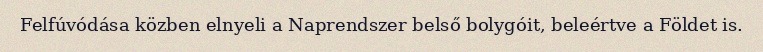
Felfúvódása közben elnyeli a Naprendszer belső bolygóit, beleértve a Földet is.